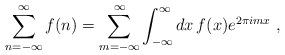
LaTeX: \begin{align*}\sum_{n=-\infty}^{\infty} f(n) = \sum_{m=-\infty}^{\infty}\int_{-\infty}^{\infty} dx \, f(x) e^{2\pi i m x} ~ ,\end{align*}